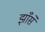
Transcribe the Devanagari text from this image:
झाँसे